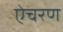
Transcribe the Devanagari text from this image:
ऐचरण